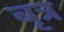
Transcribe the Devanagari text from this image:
बृत्र